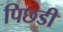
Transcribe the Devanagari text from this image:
पिछडी